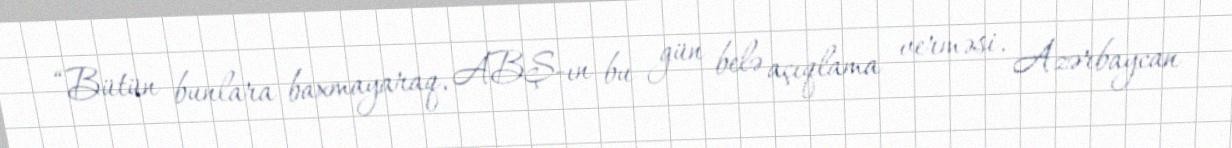
“Bütün bunlara baxmayaraq, ABŞ-ın bu gün belə açıqlama verməsi, Azərbaycan